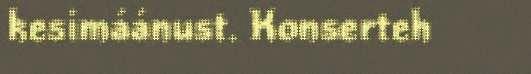
kesimáánust. Konserteh